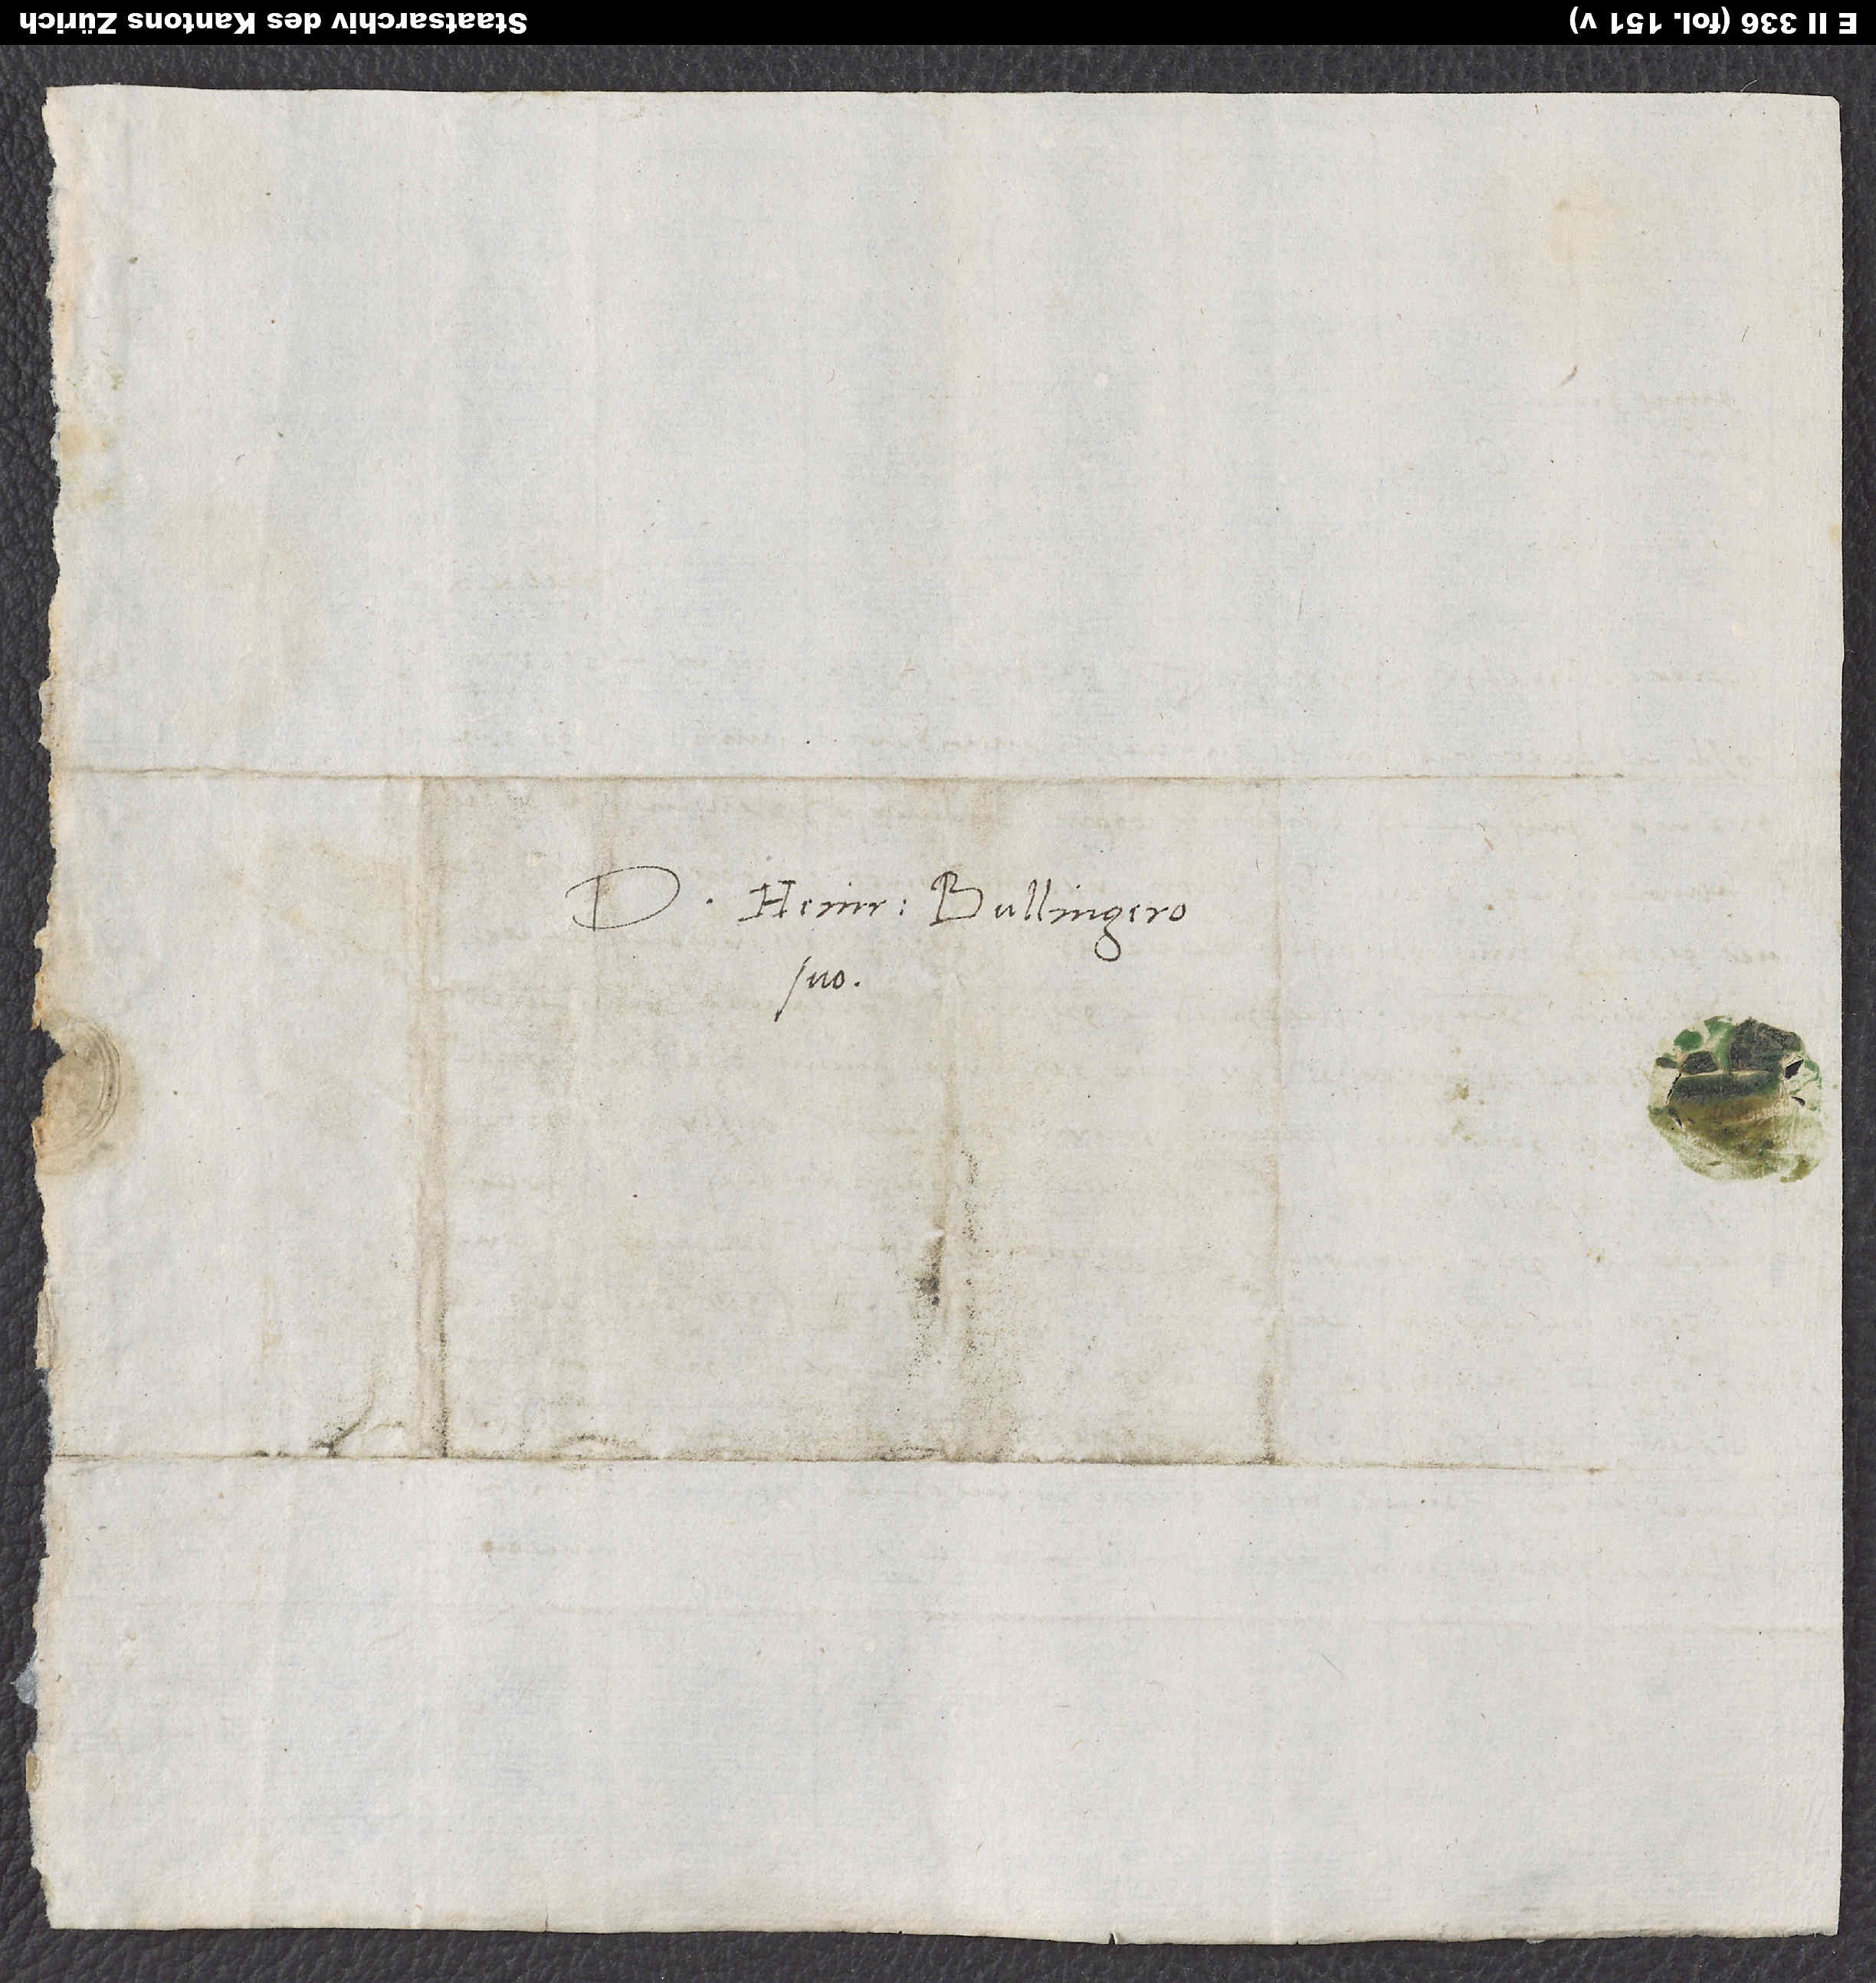
Domino Heinr. Bullingero
suo.